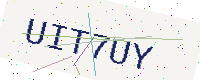
Text: UIT7UY